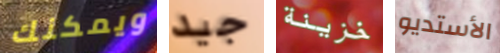
ويمكنك جيد خزينة الأستديو